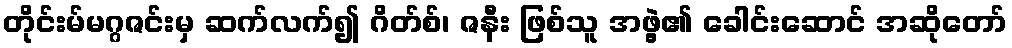
တိုင်းမ်မဂ္ဂဇင်းမှ ဆက်လက်၍ ဂိတ်စ်၊ ဇနီး ဖြစ်သူ အဖွဲ့၏ ခေါင်းဆောင် အဆိုတော်